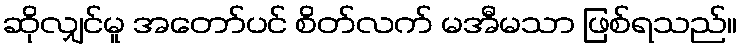
ဆိုလျှင်မူ အတော်ပင် စိတ်လက် မအီမသာ ဖြစ်ရသည်။